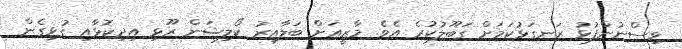
ވިސްނުންފުޅު ރަނގަޅުކަމަށް ގަބޫލުކުރެ އެވެ. މާޒީއަށް ބަލާއިރު ކޯލިޝަން ރޫޅި އިދިކޮޅާއި ގުޅިގެން